Annual administration report of the Civil Veterinary Department of India - 1898-1899
Year: 1898
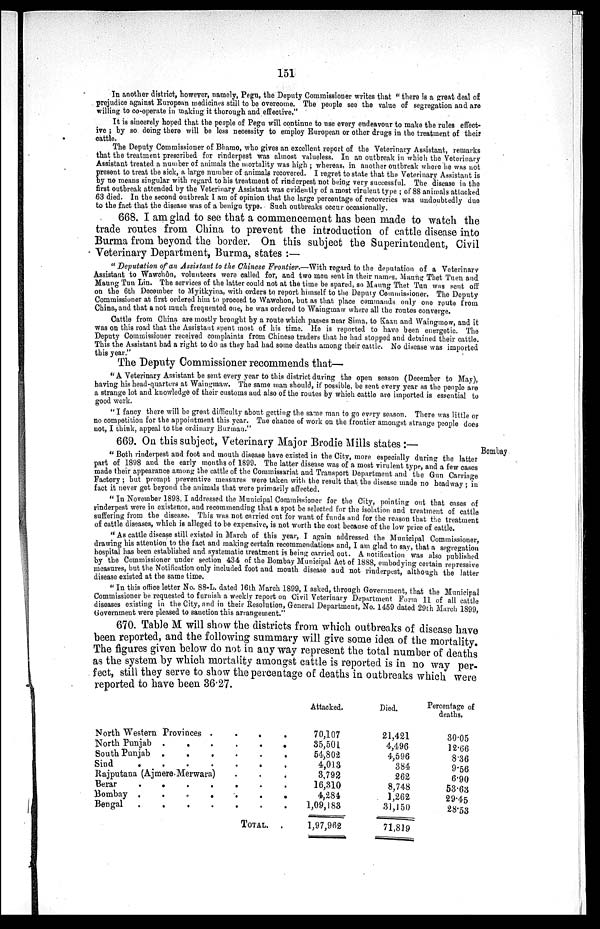
151
In another district, however, namely, Pegu, the Deputy Commissioner writes that " there is a great deal of
prejudice against European medicines still to be overcome. The people see the value of segregation and are
willing to co-operate in making it thorough and effective."
It is sincerely hoped that the people of Pegu will continue to use every endeavour to make the rules effect-
ive; by so doing there will be less necessity to employ European or other drugs in the treatment of their
cattle.
The Deputy Commissioner of Bhamo, who gives an excellent report of the Veterinary Assistant, remarks
that the treatment prescribed for rinderpest was almost valueless. In an outbreak in which the Veterinary
Assistant treated a number of animals the mortality was high; whereas, in another outbreak where he was not
present to treat the sick, a large number of animals recovered. I regret to state that the Veterinary Assistant is
by no means singular with regard to his treatment of rinderpest not being very successful. The disease in the
first outbreak attended by the Veterinary Assistant was evidently of a most virulent type ; of 88 animals attacked
63 died. In the second outbreak I am of opinion that the large percentage of recoveries was undoubtedly due
to the fact that the disease was of a benign type. Such outbreaks occur occasionally.
668. I am glad to see that a commencement has been made to watch the
trade routes from China to prevent the introduction of cattle disease into
Burma from beyond the border. On this subject the Superintendent, Civil
Veterinary Department, Burma, states:—
" Deputation of an Assistant to the Chinese Frontier.—With regard to the deputation of a Veterinary
Assistant to Wawchôn, volunteers were called for, and two men sent in their names, Maung Thet Tuen and
Maung Tun Lin. The services of the latter could not at the time be spared, so Maung Thet Tun was sent off
on the 6th December to Myitkyina, with orders to report himself to the Deputy Commissioner. The Deputy
Commissioner at first ordered him to proceed to Wawchon, but as that place commands only one route from
China, and that a not much frequented one, he was ordered to Waingmaw where all the routes converge.
Cattle from China are mostly brought by a route which passes near Sima, to Kazu and Waingmow, and it
was on this road that the Assistant spent most of his time. He is reported to have been energetic. The
Deputy Commissioner received complaints from Chinese traders that he had stopped and detained their cattle.
This the Assistant had a right to do as they had had some deaths among their cattle. No disease was imported
this year."
The Deputy Commissioner recommends that—
"A Veterinary Assistant be sent every year to this district during the open season (December to May),
having his head-quarters at Waingmaw. The same man should, if possible, be sent every year as the people are
a strange lot and knowledge of their customs and also of the routes by which cattle are imported is essential to
good work.
"I fancy there will be great difficulty about getting the same man to go every season. There was little or
no competition for the appointment this year. The chance of work on the frontier amongst strange people does
not, I think, appeal to the ordinary Burman."
669. On this subject, Veterinary Major Brodie Mills states:—
Bombay
"Both rinderpest and foot and mouth disease have existed in the City, more especially during the latter
part of 1898 and the early months of 1899. The latter disease was of a most virulent type, and a few cases
made their appearance among the cattle of the Commissariat and Transport Department and the Gun Carriage
Factory; but prompt preventive measures were taken with the result that the disease made no headway; in
fact it never got beyond the animals that were primarily affected.
"In November 1898, I addressed the Municipal Commissioner for the City, pointing out that cases of
rinderpest were in existence, and recommending that a spot be selected for the isolation and treatment of cattle
suffering from the disease. This was not carried out for want of funds and for the reason that the treatment
of cattle diseases, which is alleged to be expensive, is not worth the cost because of the low price of cattle.
"As cattle disease still existed in March of this year, I again addressed the Municipal Commissioner,
drawing his attention to the fact and making certain recommendations and, I am glad to say, that a segregation
hospital has been established and systematic treatment is being carried out. A notification was also published
by the Commissioner under section 434 of the Bombay Municipal Act of 1888, embodying certain repressive
measures, but the Notification only included foot and mouth disease and not rinderpest, although the latter
disease existed at the same time.
"In this office letter No. 88-L. dated 16th March 1899, I asked, through Government, that the Municipal
Commissioner be requested to furnish a weekly report on Civil Veterinary Department Form 11 of all cattle
diseases existing in the City, and in their Resolution, General Department, No. 1459 dated 29th March 1899,
Government were pleased to sanction this arrangement."
670. Table M will show the districts from which outbreaks of disease have
been reported, and the following summary will give some idea of the mortality
The figures given below do not in any way represent the total number of deaths
as the system by which mortality amongst cattle is reported is in no way per-
fect, still they serve to show the percentage of deaths in outbreaks which were
reported to have been 36.27.
North Western Provinces . . . .
North Punjab . . . . . .
South Punjab . . . . . .
Sind . . . . . . .
Rajputana (Ajmere-Merwara) . . .
Berar . . . . . . .
Bombay . . . . . . .
Bengal . . . . . . .
TOTAL . .
Attacked.
70,107
35,501
54,802
4,013
3,792
16,310
4,284
1,09,183
1,97,962
Died.
21,421
4,496
4,596
384
262
8,748
1,262
31,150
71,819
Percentage of
deaths.
30.05
12.66
8.36
9.56
6.90
53.63
29.45
28.53